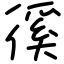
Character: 徯